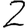
Digit: 2